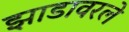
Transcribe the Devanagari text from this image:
झाडावरले